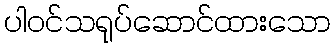
ပါဝင်သရုပ်ဆောင်ထားသော